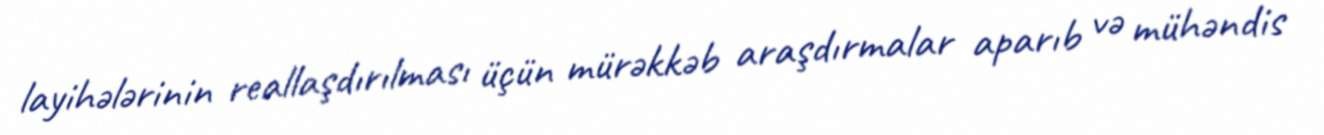
layihələrinin reallaşdırılması üçün mürəkkəb araşdırmalar aparıb və mühəndis